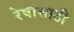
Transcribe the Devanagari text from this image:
रेषांसाठी